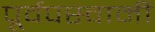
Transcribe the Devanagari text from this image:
पूर्वपस्वामी